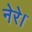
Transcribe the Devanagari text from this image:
नेरे।